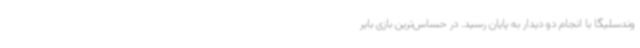
وندسلیگا با انجام دو دیدار به پایان رسید. در حساس‌ترین بازی بایر